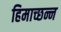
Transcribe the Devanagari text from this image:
हिमाच्छन्न